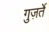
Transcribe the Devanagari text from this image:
गुज़र्ते